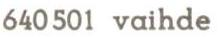
 640 501 vaihde